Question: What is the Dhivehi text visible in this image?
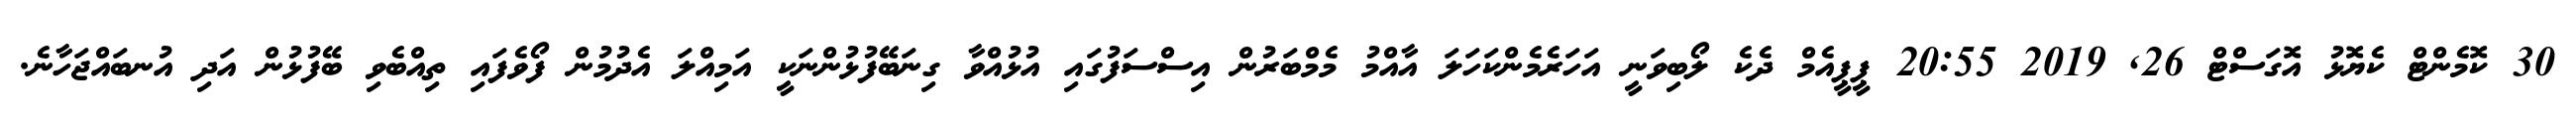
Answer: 30 ކޮމެންޓް ކެޔޮޅު އޮގަސްޓް 26, 2019 20:55 ޕީޕީއެމް ދެކެ ލޯބިވަނީ އަހަރެމެންކަހަލަ އާއްމު މެމްބަރުން އިސްސަފުގައި އުޅުއްވާ ގިނަބޭފުޅުންނަކީ އަމިއްލަ އެދުމުން ފޯވެފައި ތިއްބެވި ބޭފުޅުން އަދި އުނބައްޖަހާނެ.